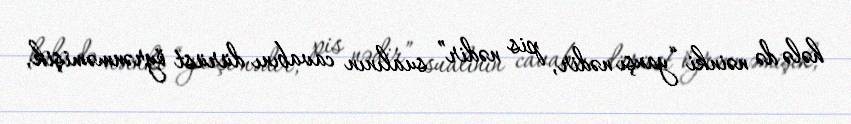
hələ də nəinki “yaxşı nədir, pis nədir” sualının cavabını dürüst öyrənməmişik,